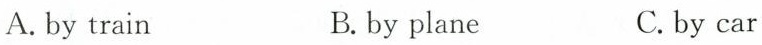
A. by train B. by plane C. by car